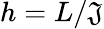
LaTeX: h=L/\mathfrak{J}